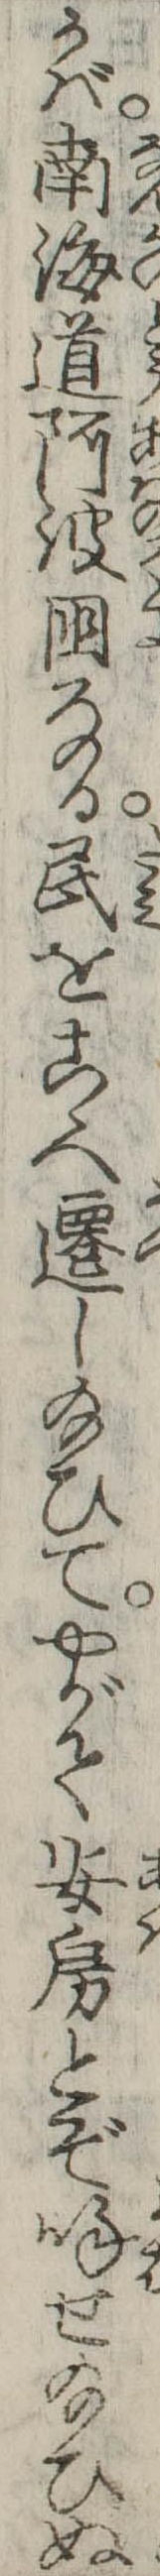
かば南海道阿波国なる民をこゝへ遷し給ひてやがて安房とぞ呼せ給ひぬ